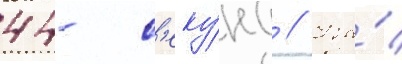
44- с'еку́нд // На́